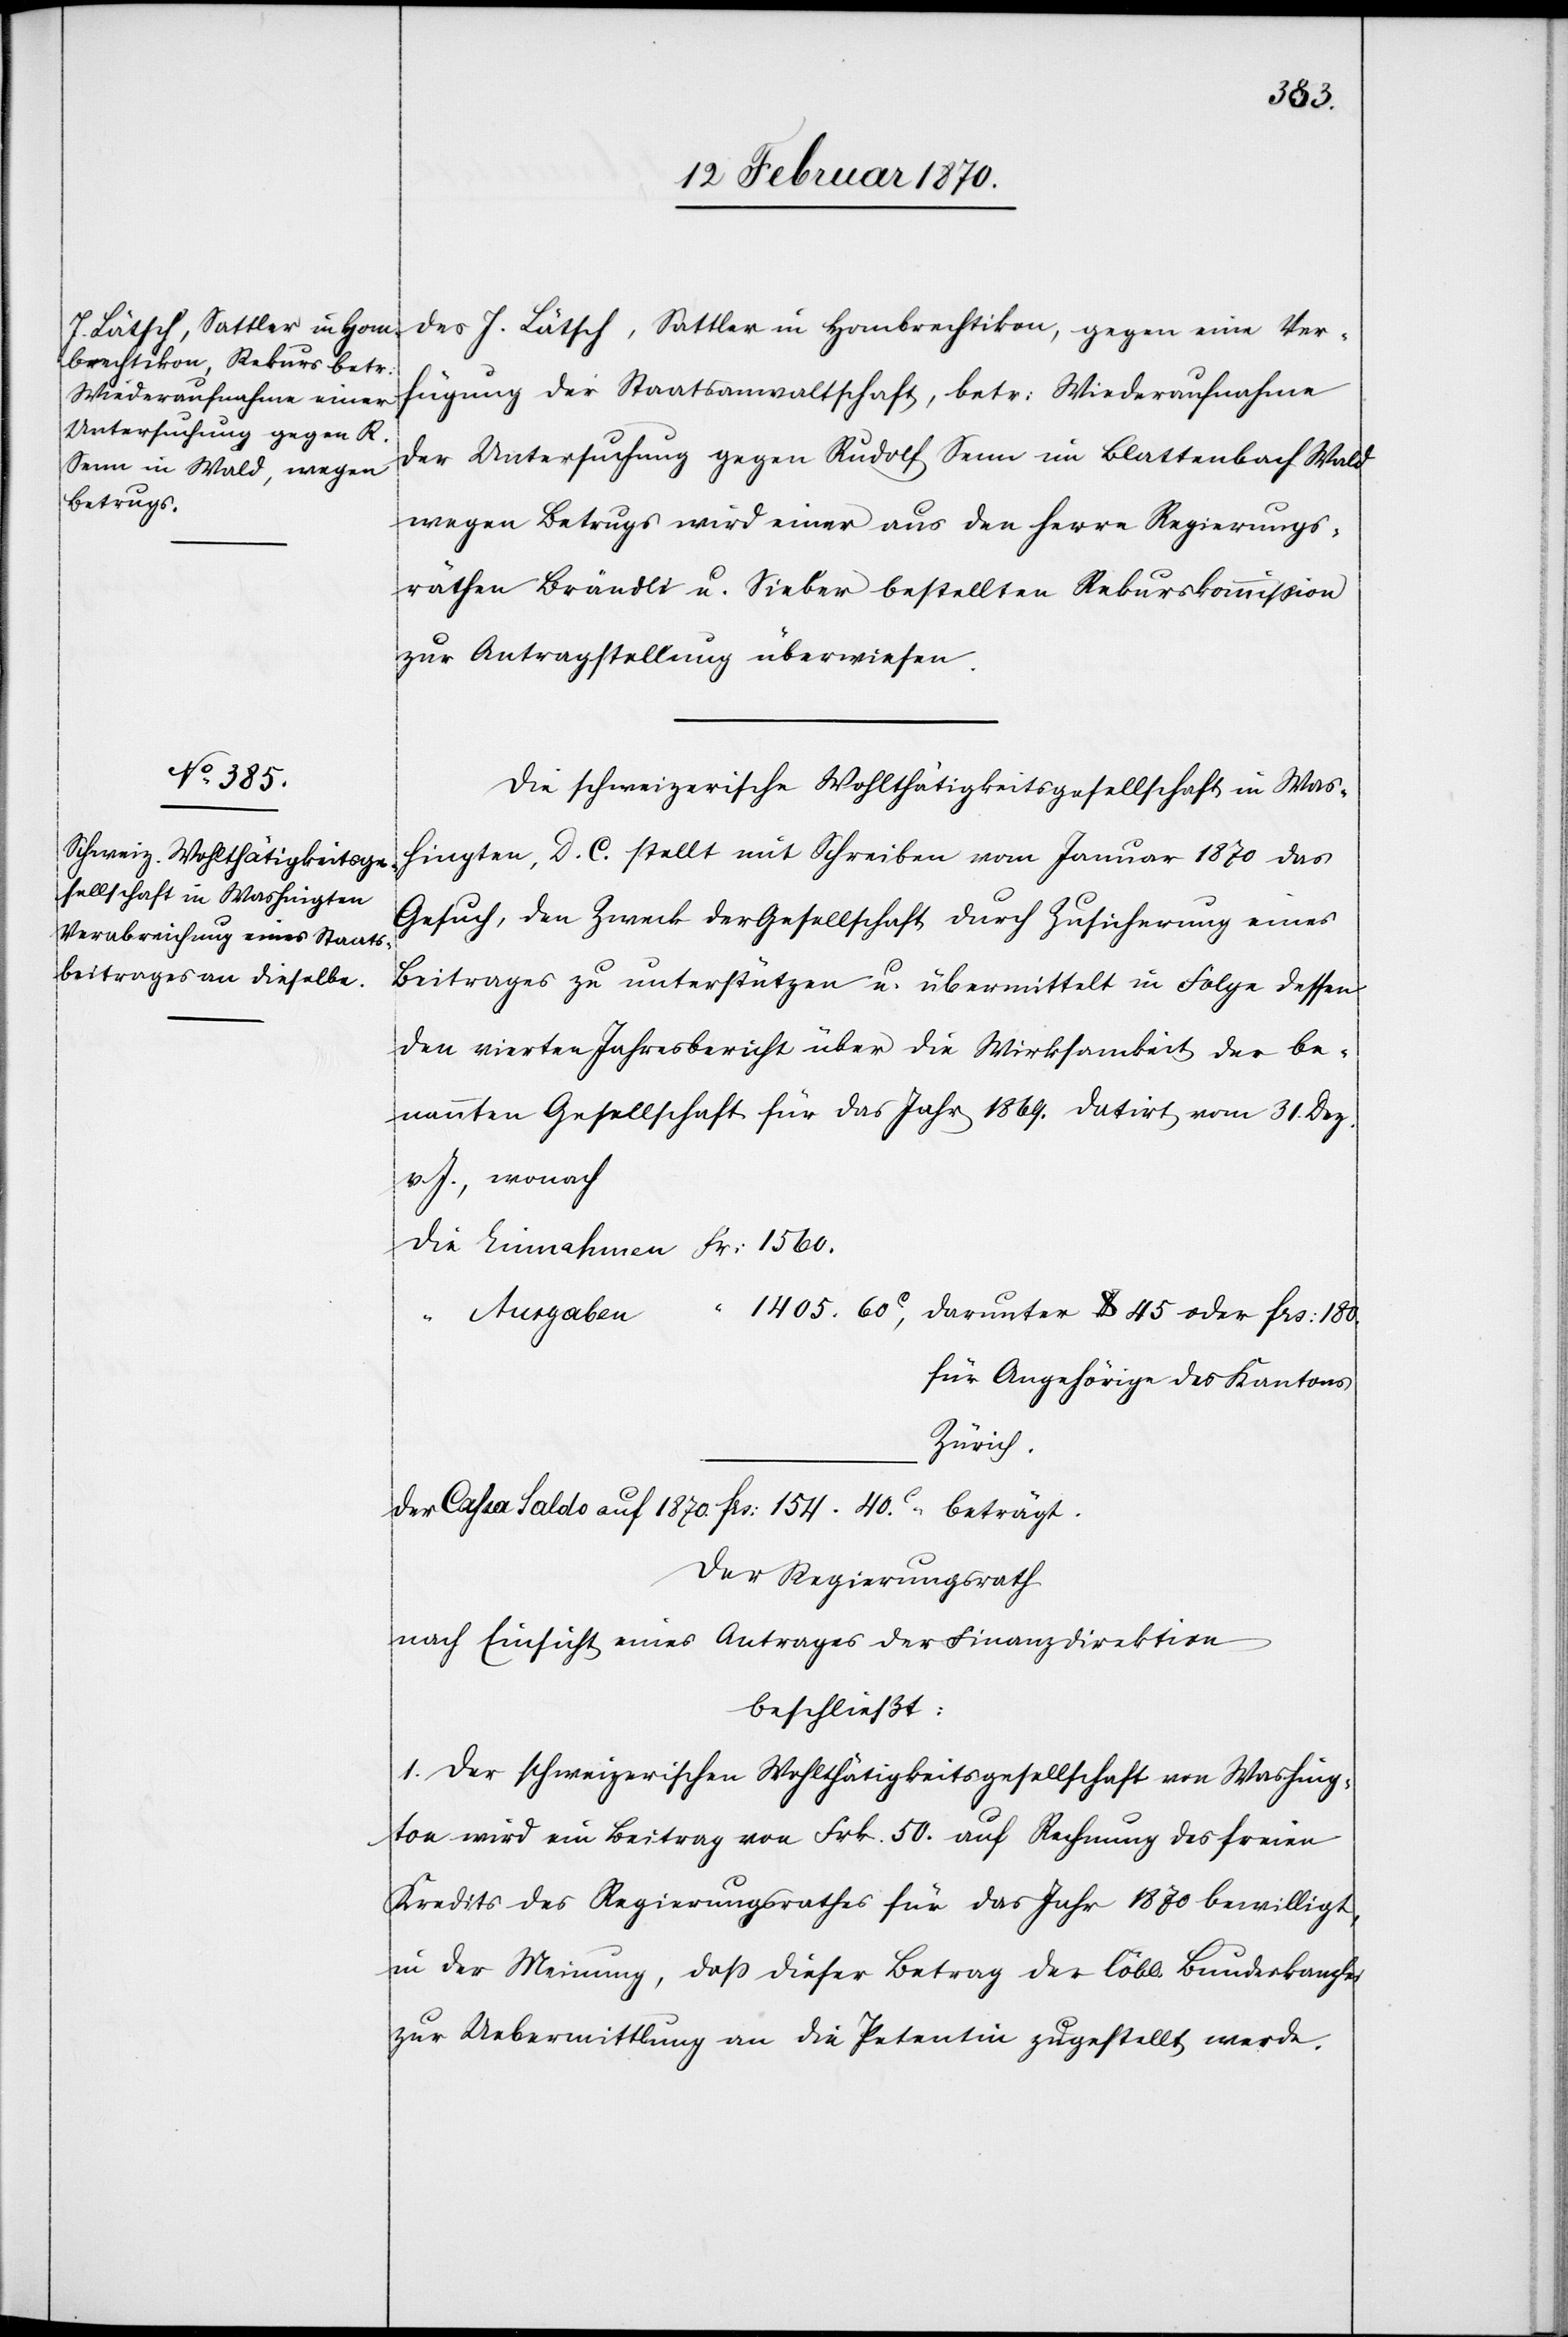
des J. Lätsch, Sattler in Hombrechtikon, gegen eine Ver¬
fügung der Staatsanwaltschaft, betr: Wiederaufnahme
der Untersuchung gegen Rudolf Senn im Blattenbach Wald
wegen Betrugs wird einer aus den Herrn Regierungs¬
räthen Brändli u. Sieber bestellten Rekurskommission
zur Antragstellung überwiesen.
Die schweizerische Wohlthätigkeitsgesellschaft in Was¬
hingten [sic!], D. C. stellt mit Schreiben vom Januar 1870 das
Gesuch, den Zweck der Gesellschaft durch Zusicherung eines
Beitrages zu unterstützen u. übermittelt in Folge dessen
den vierten Jahresbericht über die Wirksamkeit der be¬
nannten Gesellschaft für das Jahr 1869. Datirt vom 31. Dez.
v. J., wonach
die 	Einnahmen 	Fr: 1560.
1405. 60c, darunter $ 45 oder frs: 180.
“	Ausgaben
“
Angehörige des Kantons
Zürich.
der Cassa Saldo auf 1870.		frs: 154. 40c beträgt.
Der Regierungsrath
nach Einsicht eines Antrages der Finanzdirektion
beschließt:
1. Der schweizerischen Wohlthätigkeitsgesellschaft von Washing¬
ton wird ein Beitrag von Frk. 50. auf Rechnung des freien
Kredits des Regierungsrathes für das Jahr 1870 bewilligt,
in der Meinung, dass dieser Betrag der löbl. Bundeskanzlei
zur Uebermittlung an die Petentin zugestellt, werde.